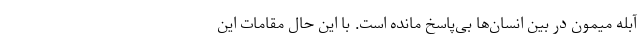
آبله میمون در بین انسان‌ها بی‌پاسخ مانده است. با این حال مقامات این